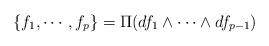
LaTeX: \begin{align*}\{f_1, \cdots,f_p\} = \Pi(df_1 \wedge \cdots \wedge df_{p-1})\end{align*}